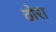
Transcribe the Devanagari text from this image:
ठोरा